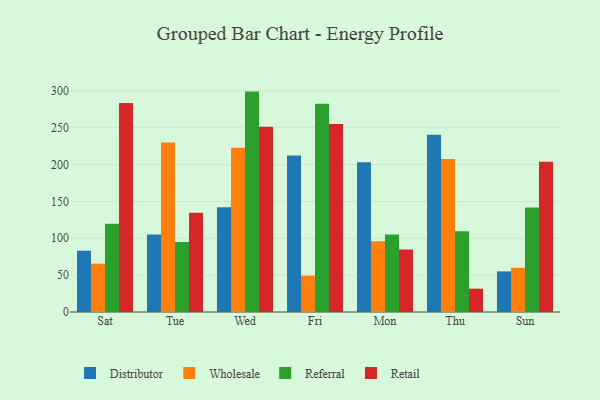
{"axis": {"x": "Day", "y": "Churn Rate (%)"}, "legend": ["Distributor", "Referral", "Retail", "Wholesale"], "data": [{"x": "Sat", "y": 83.1, "type": "Distributor"}, {"x": "Sat", "y": 65.6, "type": "Wholesale"}, {"x": "Sat", "y": 119.7, "type": "Referral"}, {"x": "Sat", "y": 283.6, "type": "Retail"}, {"x": "Tue", "y": 105.2, "type": "Distributor"}, {"x": "Tue", "y": 230.0, "type": "Wholesale"}, {"x": "Tue", "y": 95.0, "type": "Referral"}, {"x": "Tue", "y": 134.8, "type": "Retail"}, {"x": "Wed", "y": 142.0, "type": "Distributor"}, {"x": "Wed", "y": 222.7, "type": "Wholesale"}, {"x": "Wed", "y": 299.0, "type": "Referral"}, {"x": "Wed", "y": 251.3, "type": "Retail"}, {"x": "Fri", "y": 212.2, "type": "Distributor"}, {"x": "Fri", "y": 49.3, "type": "Wholesale"}, {"x": "Fri", "y": 282.5, "type": "Referral"}, {"x": "Fri", "y": 254.9, "type": "Retail"}, {"x": "Mon", "y": 203.2, "type": "Distributor"}, {"x": "Mon", "y": 96.1, "type": "Wholesale"}, {"x": "Mon", "y": 105.3, "type": "Referral"}, {"x": "Mon", "y": 84.8, "type": "Retail"}, {"x": "Thu", "y": 240.4, "type": "Distributor"}, {"x": "Thu", "y": 207.6, "type": "Wholesale"}, {"x": "Thu", "y": 109.4, "type": "Referral"}, {"x": "Thu", "y": 31.6, "type": "Retail"}, {"x": "Sun", "y": 55.1, "type": "Distributor"}, {"x": "Sun", "y": 60.0, "type": "Wholesale"}, {"x": "Sun", "y": 141.7, "type": "Referral"}, {"x": "Sun", "y": 204.0, "type": "Retail"}]}